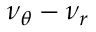
\nu _ { \theta } - \nu _ { r }